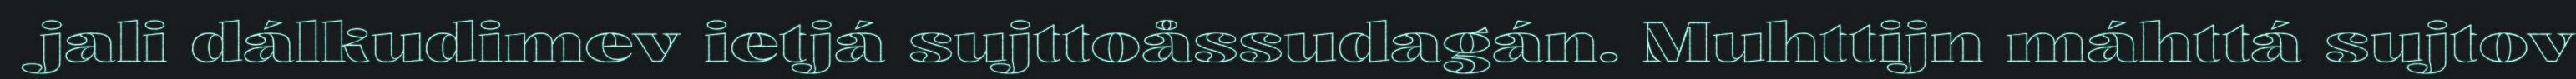
jali dálkudimev ietjá sujttoåssudagán. Muhttijn máhttá sujtov